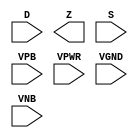
module sky130_fd_sc_hdll__muxb8to1 (
    //# {{data|Data Signals}}
    input  [7:0] D   ,
    output       Z   ,

    //# {{control|Control Signals}}
    input  [7:0] S   ,

    //# {{power|Power}}
    input        VPB ,
    input        VPWR,
    input        VGND,
    input        VNB
);
endmodule